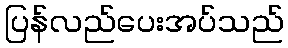
ပြန်လည်ပေးအပ်သည်